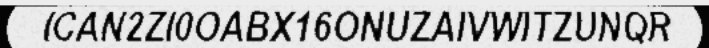
ICAN2ZI0OABX16ONUZAIVWITZUNQR